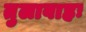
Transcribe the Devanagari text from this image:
तुलावाहः